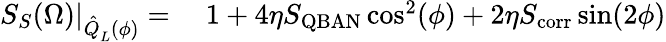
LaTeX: \begin{array}{rl}{S_{S}(\Omega)|_{\hat{Q}_{L}^{}(\phi)}={}}&{{}1+4\eta S_{\mathrm{QBAN}}\cos^{2}(\phi)+2\eta S_{\mathrm{corr}}\sin(2\phi)}\end{array}